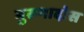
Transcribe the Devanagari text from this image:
मुरुगादोस